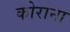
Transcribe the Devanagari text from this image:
कोराना